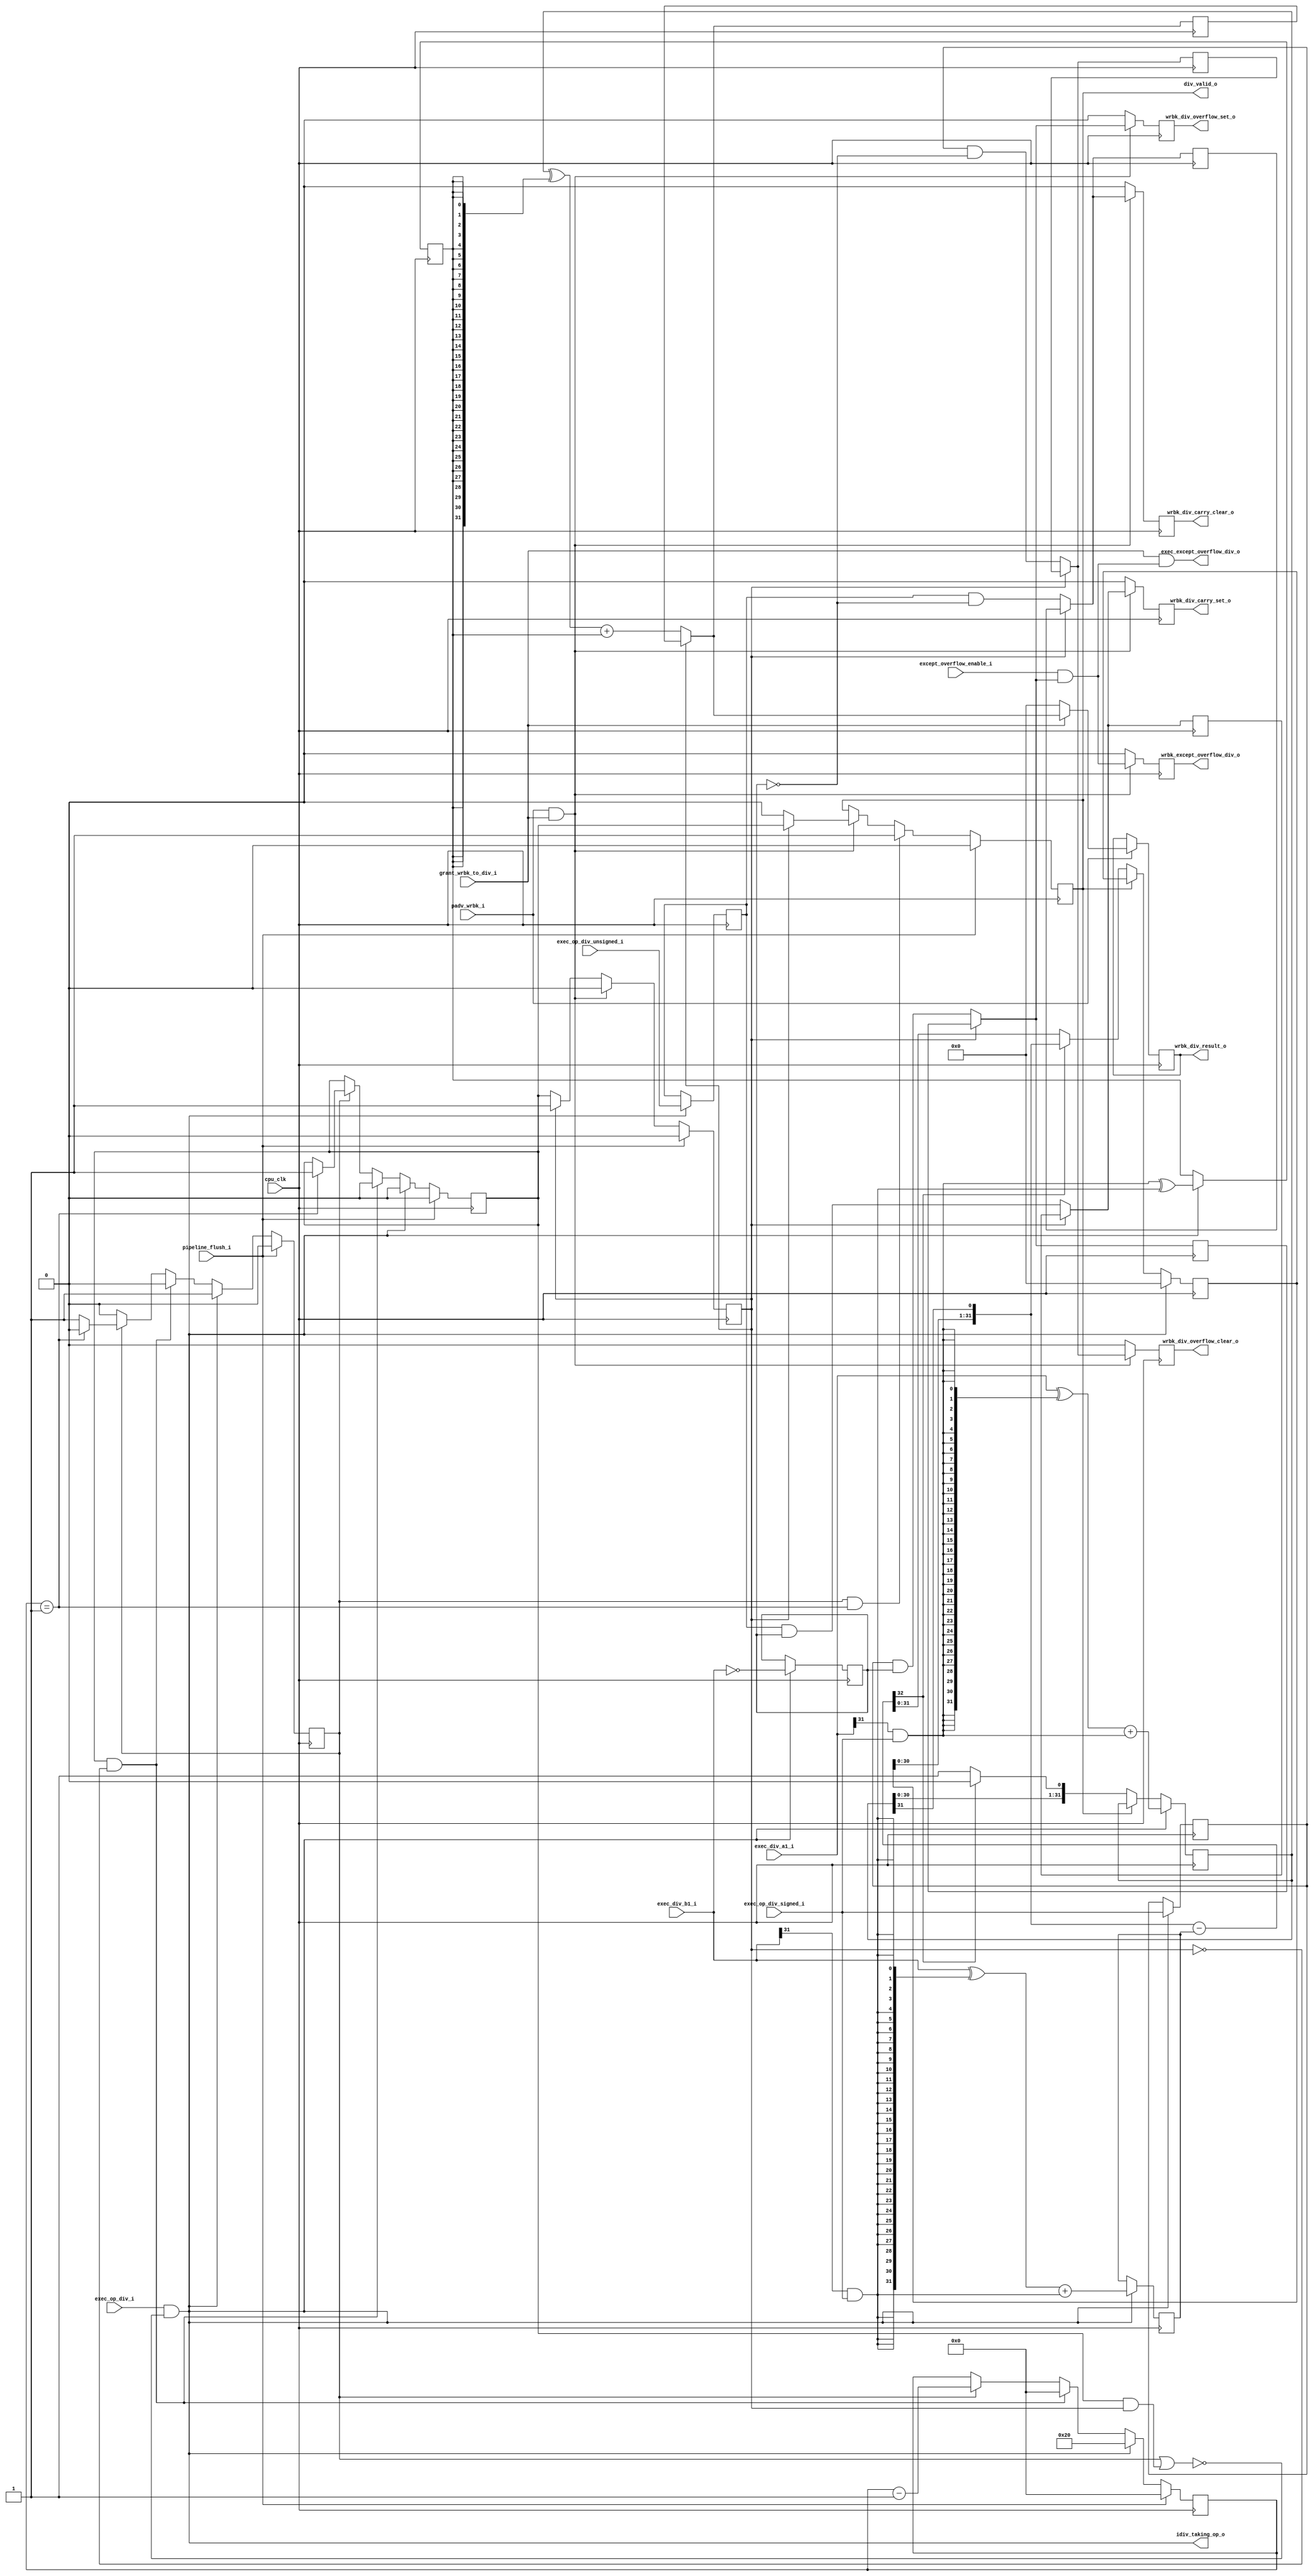
////////////////////////////////////////////////////////////////////////
//                                                                    //
//  Serial Integer Divider                                            //
//                                                                    //
//  Derived from mor1kx's integer divider                             //
//                                                                    //
////////////////////////////////////////////////////////////////////////
//                                                                    //
//   Copyright (C) 2012 Julius Baxter                                 //
//                      juliusbaxter@gmail.com                        //
//                                                                    //
//   Copyright (C) 2012-2014 Stefan Kristiansson                      //
//                           stefan.kristiansson@saunalahti.fi        //
//                                                                    //
//   Copyright (C) 2015-2019 Andrey Bacherov                          //
//                           avbacherov@opencores.org                 //
//                                                                    //
//      This Source Code Form is subject to the terms of the          //
//      Open Hardware Description License, v. 1.0. If a copy          //
//      of the OHDL was not distributed with this file, You           //
//      can obtain one at http://juliusbaxter.net/ohdl/ohdl.txt       //
//                                                                    //
////////////////////////////////////////////////////////////////////////

module or1k_marocchino_int_div
#(
  parameter OPTION_OPERAND_WIDTH = 32
)
(
  // clocks and resets
  input                                 cpu_clk,

  // pipeline control signal in
  input                                 pipeline_flush_i,
  input                                 padv_wrbk_i,
  input                                 grant_wrbk_to_div_i,

  // input data from reservation station
  input      [OPTION_OPERAND_WIDTH-1:0] exec_div_a1_i,
  input      [OPTION_OPERAND_WIDTH-1:0] exec_div_b1_i,

  // division command
  input                                 exec_op_div_i,
  input                                 exec_op_div_signed_i,
  input                                 exec_op_div_unsigned_i,

  // division engine state
  output                                idiv_taking_op_o,
  output                                div_valid_o,

  // write back
  //  # update carry flag by division
  output reg                            wrbk_div_carry_set_o,
  output reg                            wrbk_div_carry_clear_o,
  //  # update overflow flag by division
  output reg                            wrbk_div_overflow_set_o,
  output reg                            wrbk_div_overflow_clear_o,
  //  # generate overflow exception by division
  input                                 except_overflow_enable_i,
  output                                exec_except_overflow_div_o,
  output reg                            wrbk_except_overflow_div_o,
  //  # division result
  output reg [OPTION_OPERAND_WIDTH-1:0] wrbk_div_result_o
);

  localparam DIVDW        = OPTION_OPERAND_WIDTH; // short name
  localparam LOG2_DIVDW_2 = 4; // ceil(log2(DIVDW/2)): size of iteration counter

  // common interface for both SERIAL/SRT4 divisors
  wire [DIVDW-1:0] s3t_div_result;
  wire             s3o_dbz;
  reg              s3o_div_signed, s3o_div_unsigned;
  wire             div_s3_rdy;
  reg              wrbk_div_miss_r;

  // divider controls
  //  ## iterations counter and processing flag
  reg [5:0] div_count;
  reg       div_proc_r;
  //  ## valid (registered, similar to multiplier)
  reg       div_s3_rdy_r;
  reg       div_valid_r;

  //  ## divisor is busy
  wire   div_s3_busy = div_proc_r | (div_s3_rdy_r & wrbk_div_miss_r);
  //  ## start division
  assign idiv_taking_op_o = exec_op_div_i & (~div_s3_busy);


  // division controller
  always @(posedge cpu_clk) begin
    if (pipeline_flush_i) begin
      div_s3_rdy_r <= 1'b0;
      div_proc_r   <= 1'b0;
      div_count    <= 6'd0;
    end
    else if (idiv_taking_op_o) begin
      div_s3_rdy_r <= 1'b0;
      div_proc_r   <= 1'b1;
      div_count    <= DIVDW;
    end
    else if (div_s3_rdy_r & (~wrbk_div_miss_r)) begin
      div_s3_rdy_r <= 1'b0;
      div_proc_r   <= 1'b0;
      div_count    <= 6'd0;
    end
    else if (div_proc_r) begin
      if (div_count == 6'd1) begin
        div_s3_rdy_r <= 1'b1;
        div_proc_r   <= 1'b0;
      end
      div_count <= div_count - 6'd1;
    end
  end // @clock


  // valid flag to pipeline control
  always @(posedge cpu_clk) begin
    if (pipeline_flush_i)
      div_valid_r <= 1'b0;
    else if (div_proc_r & (div_count == 6'd1)) // sync to "div_s3_rdy_r"
      div_valid_r <= 1'b1;
    else if (padv_wrbk_i & grant_wrbk_to_div_i)
      div_valid_r <= wrbk_div_miss_r ? div_s3_rdy_r : 1'b0;
  end // @clock

  //  ## result valid
  assign div_s3_rdy  = div_s3_rdy_r;
  assign div_valid_o = div_valid_r;


  // regs of divider
  reg [DIVDW-1:0] div_n;
  reg [DIVDW-1:0] div_d;
  reg [DIVDW-1:0] div_r;
  reg             div_neg;
  reg             dbz_r;

  // signums of input operands
  wire op_div_sign_a = exec_div_a1_i[DIVDW-1] & exec_op_div_signed_i;
  wire op_div_sign_b = exec_div_b1_i[DIVDW-1] & exec_op_div_signed_i;

  // partial reminder
  wire [DIVDW:0] div_sub = {div_r[DIVDW-2:0],div_n[DIVDW-1]} - div_d;

  always @(posedge cpu_clk) begin
    if (idiv_taking_op_o) begin
      // Convert negative operands in the case of signed division.
      // If only one of the operands is negative, the result is
      // converted back to negative later on
      div_n   <= (exec_div_a1_i ^ {DIVDW{op_div_sign_a}}) + {{(DIVDW-1){1'b0}},op_div_sign_a};
      div_d   <= (exec_div_b1_i ^ {DIVDW{op_div_sign_b}}) + {{(DIVDW-1){1'b0}},op_div_sign_b};
      div_r   <= {DIVDW{1'b0}};
      div_neg <= (op_div_sign_a ^ op_div_sign_b);
      dbz_r   <= (exec_div_b1_i == {DIVDW{1'b0}});
      s3o_div_signed   <= exec_op_div_signed_i;
      s3o_div_unsigned <= exec_op_div_unsigned_i;
    end
    else if (~div_valid_r) begin
      if (~div_sub[DIVDW]) begin // div_sub >= 0
        div_r <= div_sub[DIVDW-1:0];
        div_n <= {div_n[DIVDW-2:0], 1'b1};
      end
      else begin                 // div_sub < 0
        div_r <= {div_r[DIVDW-2:0],div_n[DIVDW-1]};
        div_n <= {div_n[DIVDW-2:0], 1'b0};
      end
    end // ~done
  end // @clock

  assign s3t_div_result = (div_n ^ {DIVDW{div_neg}}) + {{(DIVDW-1){1'b0}},div_neg};
  assign s3o_dbz = dbz_r;


  /**** DIV Write Back ****/

  // Write-Back-miss registers
  //  ## Write-Back-miss flag
  always @(posedge cpu_clk) begin
    if (pipeline_flush_i)
      wrbk_div_miss_r <= 1'b0;
    else if (padv_wrbk_i & grant_wrbk_to_div_i)
      wrbk_div_miss_r <= 1'b0;
    else if (~wrbk_div_miss_r)
      wrbk_div_miss_r <= div_s3_rdy;
  end // @clock

  //  # update carry flag by division
  wire div_carry_set      = s3o_div_unsigned &   s3o_dbz;
  wire div_carry_clear    = s3o_div_unsigned & (~s3o_dbz);

  //  # update overflow flag by division
  wire div_overflow_set   = s3o_div_signed &   s3o_dbz;
  wire div_overflow_clear = s3o_div_signed & (~s3o_dbz);

  //  ## Write-Back-miss pending result
  reg [DIVDW-1:0] div_result_p;
  reg             div_carry_set_p;
  reg             div_carry_clear_p;
  reg             div_overflow_set_p;
  reg             div_overflow_clear_p;
  // ---
  always @(posedge cpu_clk) begin
    if (~wrbk_div_miss_r) begin
      div_result_p         <= s3t_div_result;
      div_carry_set_p      <= div_carry_set;
      div_carry_clear_p    <= div_carry_clear;
      div_overflow_set_p   <= div_overflow_set;
      div_overflow_clear_p <= div_overflow_clear;
    end
  end // @clock

  //  # generate overflow exception by division
  wire   mux_except_overflow_div    = except_overflow_enable_i & (wrbk_div_miss_r ? div_overflow_set_p : div_overflow_set);
  assign exec_except_overflow_div_o = grant_wrbk_to_div_i & mux_except_overflow_div;

  //  Write-Back-registering result
  wire [DIVDW-1:0] wrbk_div_result_m = wrbk_div_miss_r ? div_result_p : s3t_div_result;
  // ---
  always @(posedge cpu_clk) begin
    if (padv_wrbk_i) begin
      if (grant_wrbk_to_div_i)
        wrbk_div_result_o <= wrbk_div_result_m;
      else
        wrbk_div_result_o <= {DIVDW{1'b0}};
    end
  end // @clock

  // Write-Back-latchers
  always @(posedge cpu_clk) begin
    if (padv_wrbk_i & grant_wrbk_to_div_i) begin
      //  # update carry flag by division
      wrbk_div_carry_set_o        <= wrbk_div_miss_r ? div_carry_set_p : div_carry_set;
      wrbk_div_carry_clear_o      <= wrbk_div_miss_r ? div_carry_clear_p : div_carry_clear;
      //  # update overflow flag by division
      wrbk_div_overflow_set_o     <= wrbk_div_miss_r ? div_overflow_set_p : div_overflow_set;
      wrbk_div_overflow_clear_o   <= wrbk_div_miss_r ? div_overflow_clear_p : div_overflow_clear;
      //  # generate overflow exception by division
      wrbk_except_overflow_div_o  <= mux_except_overflow_div;
    end
    else begin
      //  # update carry flag by division
      wrbk_div_carry_set_o        <= 1'b0;
      wrbk_div_carry_clear_o      <= 1'b0;
      //  # update overflow flag by division
      wrbk_div_overflow_set_o     <= 1'b0;
      wrbk_div_overflow_clear_o   <= 1'b0;
      //  # generate overflow exception by division
      wrbk_except_overflow_div_o  <= 1'b0;
    end
  end // @clock

endmodule // or1k_marocchino_int_div